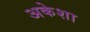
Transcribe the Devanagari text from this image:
अकेशा